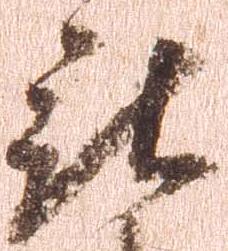
被